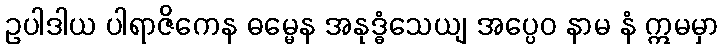
ဥပါဒါယ ပါရာဇိကေန ဓမ္မေန အနုဒ္ဓံသေယျ အပ္ပေဝ နာမ နံ ဣမမှာ